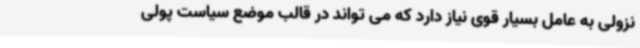
نزولی به عامل بسیار قوی نیاز دارد که می تواند در قالب موضع سیاست پولی